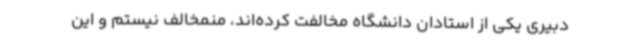
دبیری یکی از استادان دانشگاه مخالفت کرده‌اند، منمخالف نیستم و این